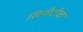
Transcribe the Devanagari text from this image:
सिनीटीक